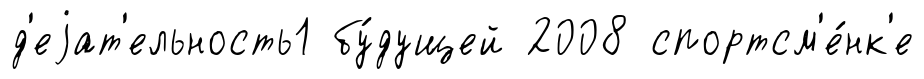
д'еjат'ельность1 бу́дущей 2008 спортсм'е́нк'е